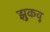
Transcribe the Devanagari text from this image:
झुकवू